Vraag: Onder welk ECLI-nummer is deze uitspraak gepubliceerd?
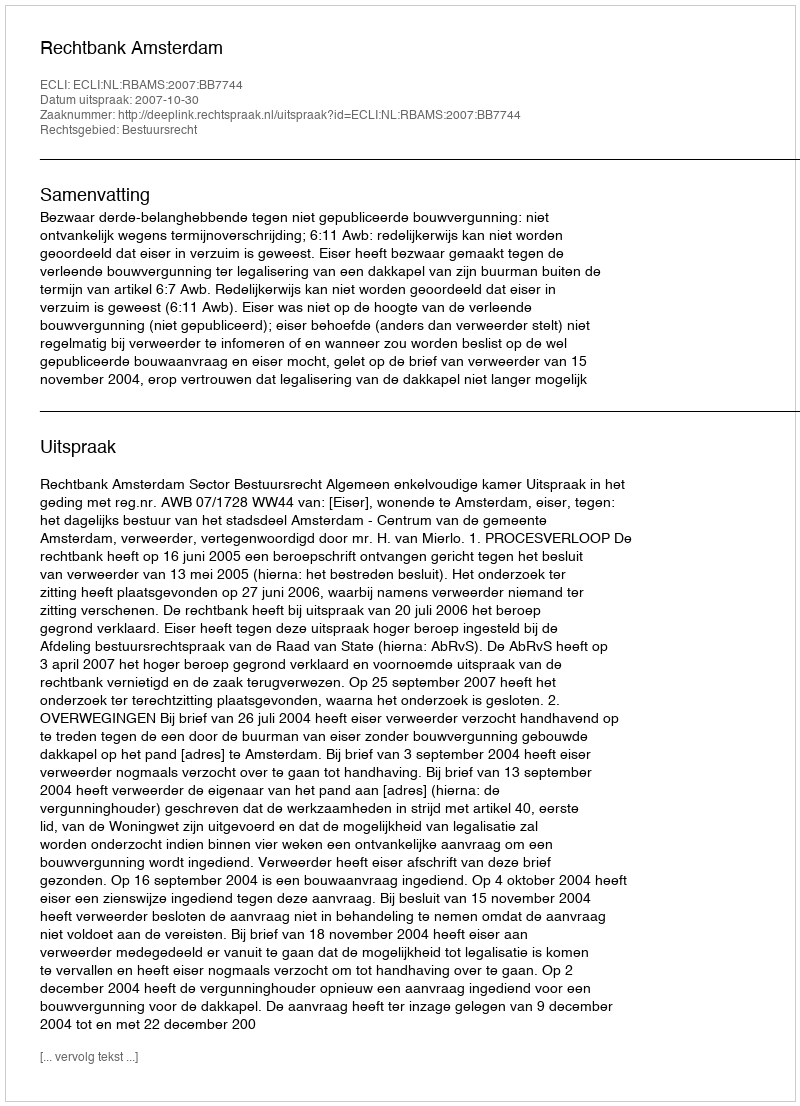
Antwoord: ECLI:NL:RBAMS:2007:BB7744